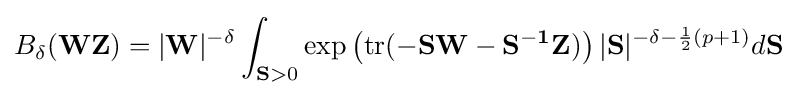
B_{\delta }(\mathbf {WZ} )=|\mathbf {W} |^{-\delta }\int _{\mathbf {S} >0}\exp \left({\rm {tr}}(-\mathbf {SW} -\mathbf {S^{-1}Z} )\right)|\mathbf {S} |^{-\delta -{\frac {1}{2}}(p+1)}d\mathbf {S}